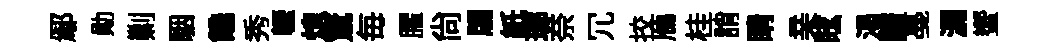
鄢勛剿駰饞秀轣熄驚毎臞尙牖紙瑯奈冗挍鴈桂誚睛亲眩渴譜戞漏蠁